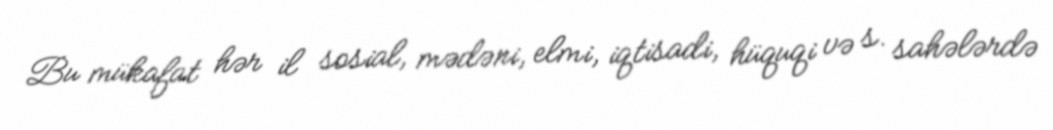
Bu mükafat hər il sosial, mədəni, elmi, iqtisadi, hüquqi və s. sahələrdə